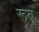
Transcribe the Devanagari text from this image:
रूब